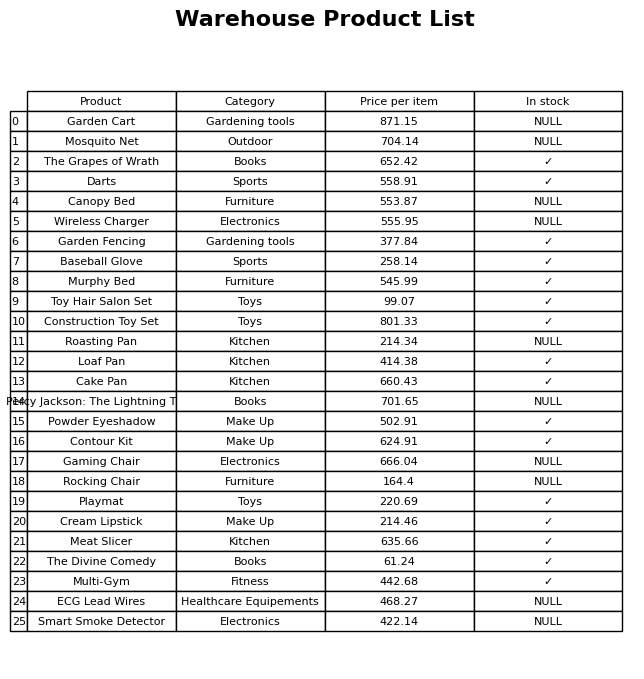
question: What category does the Wireless Charger belong to?
answer: Electronics